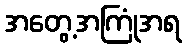
အတွေ့အကြုံအရ